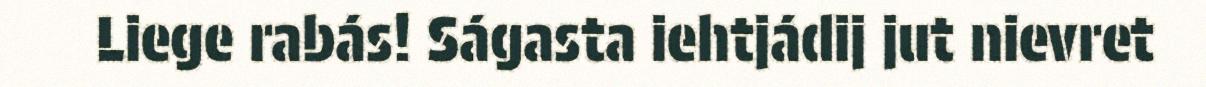
Liege rabás! Ságasta iehtjádij jut nievret